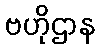
ဗဟိုဌာန